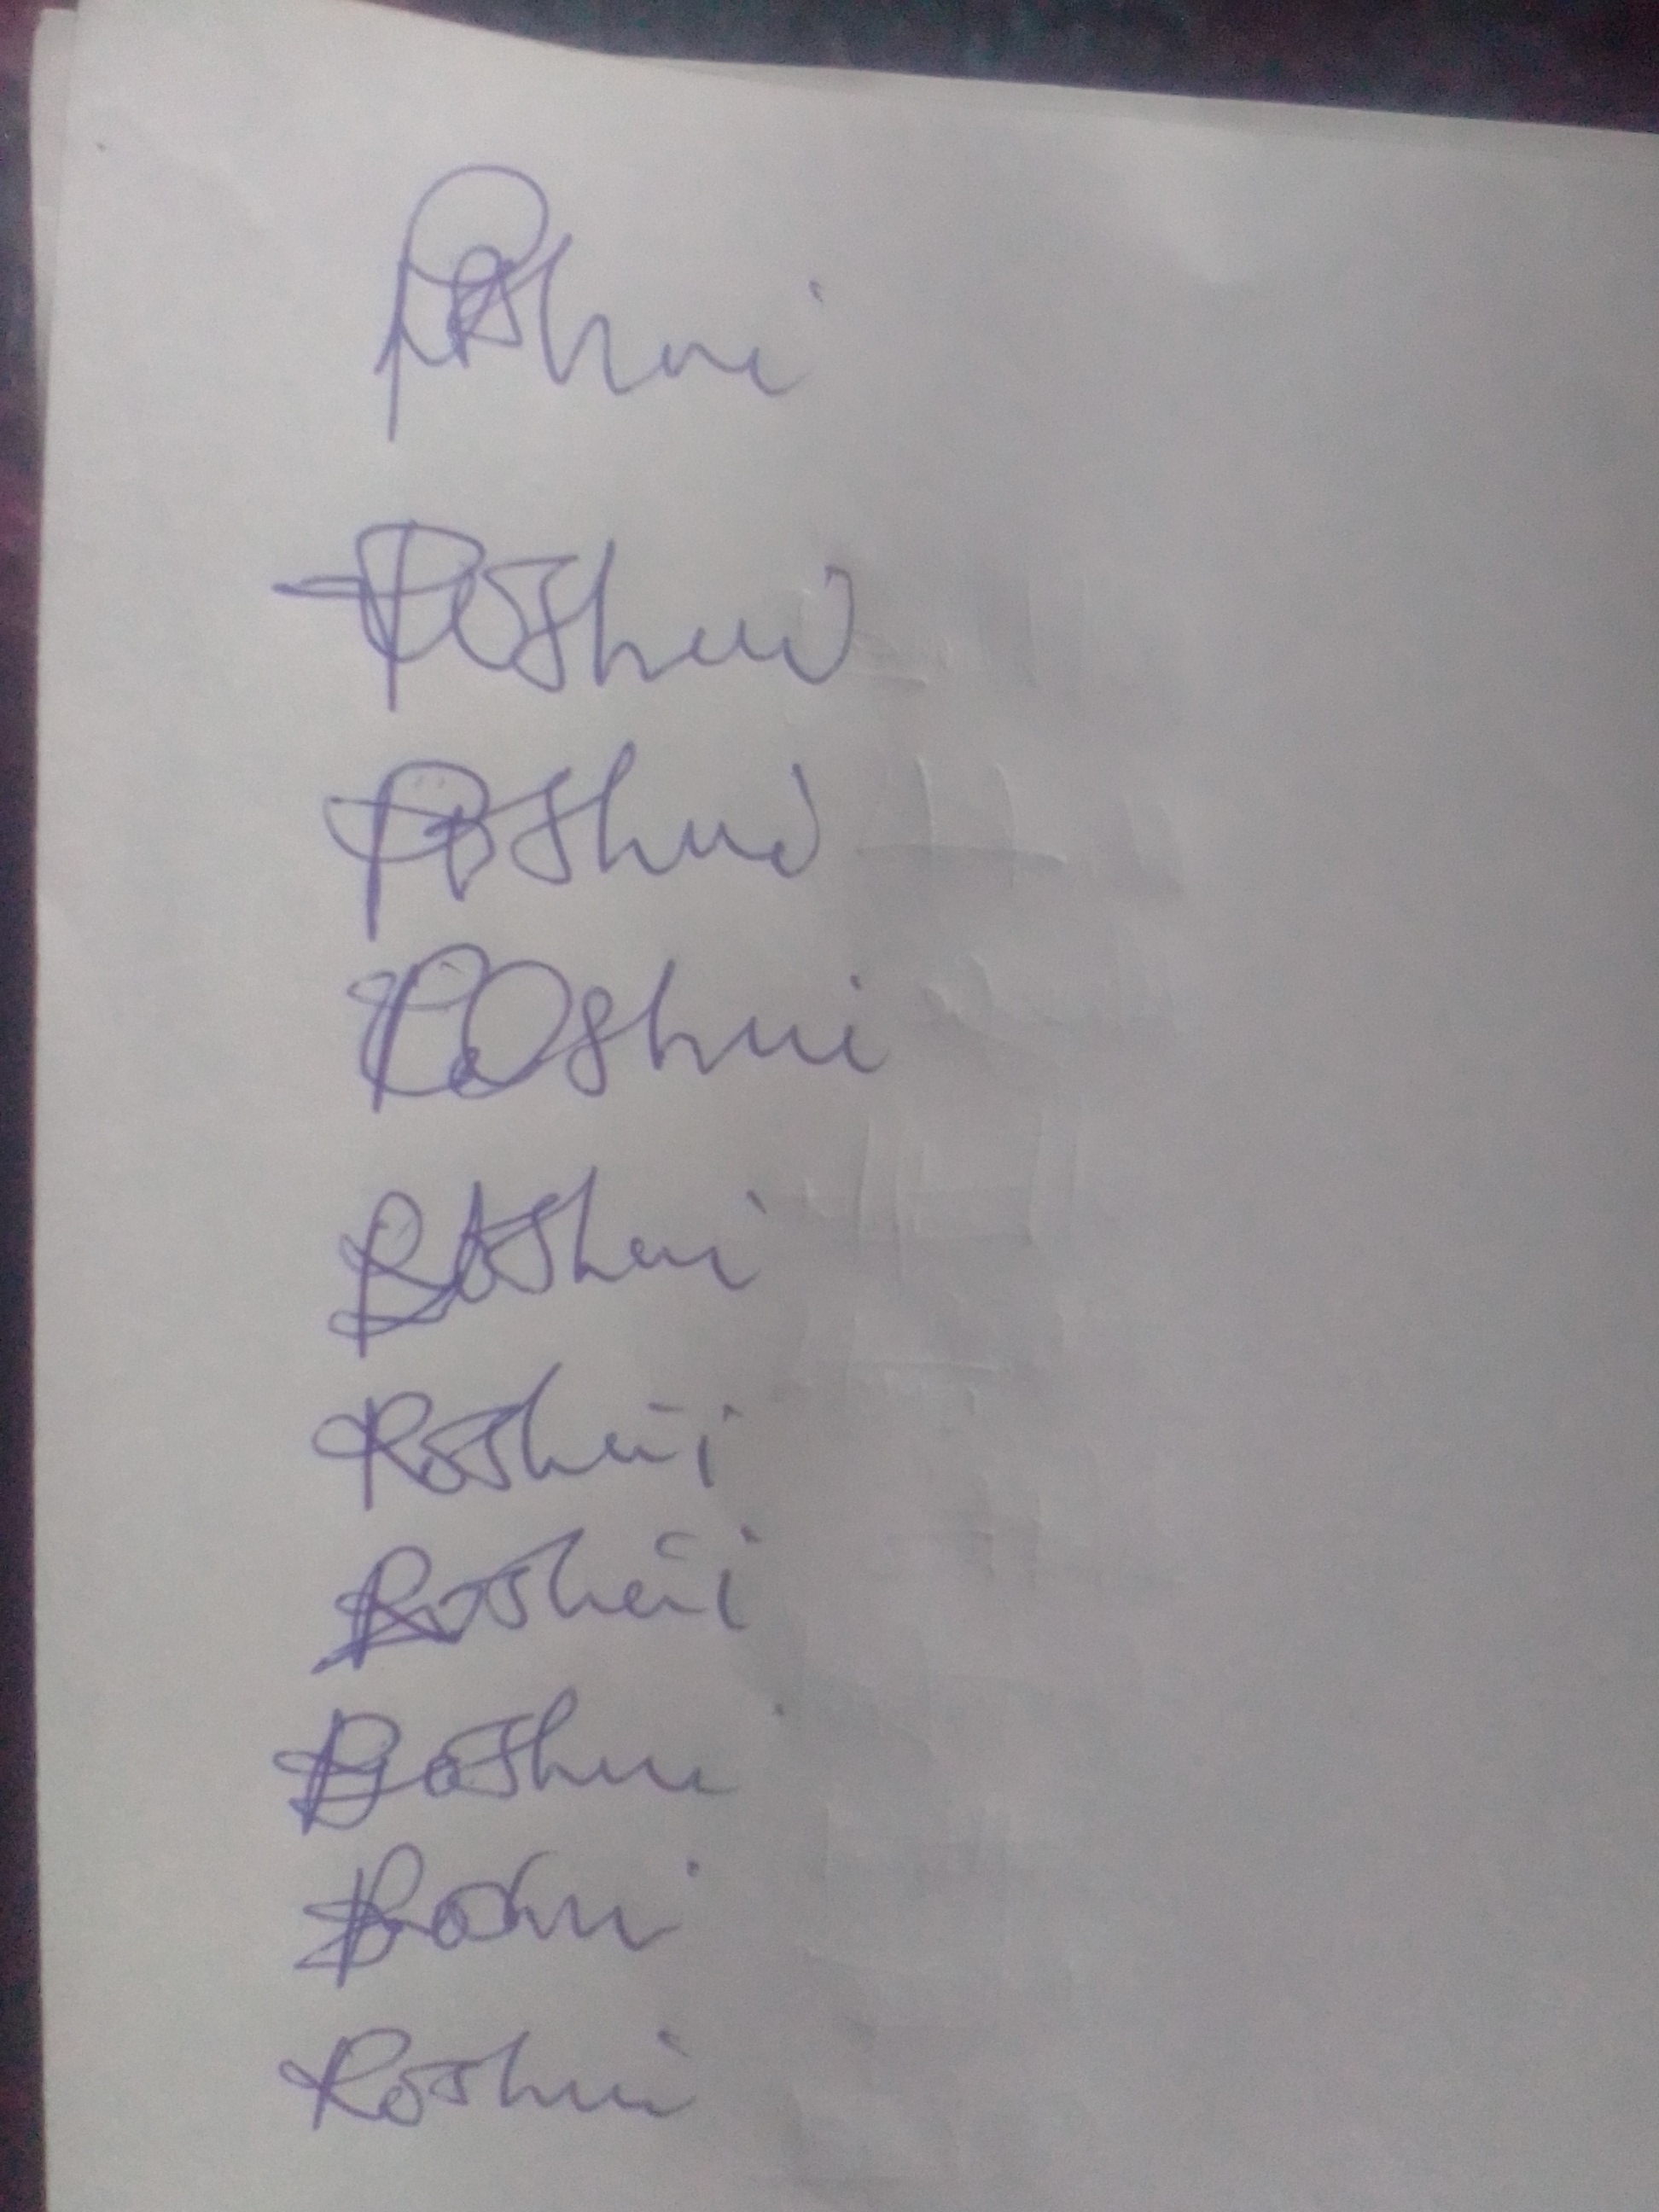
Signature authenticity: forged